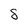
Character: 8